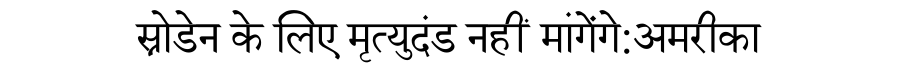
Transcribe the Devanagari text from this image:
स्नोडेन के लिए मृत्युदंड नहीं मांगेंगे:अमरीका